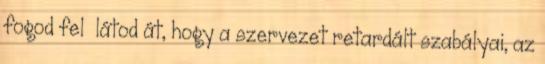
fogod fel látod át, hogy a szervezet retardált szabályai, az